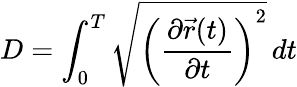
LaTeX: D=\int_{0}^{T}{\sqrt{\left({\frac{\partial{\vec{r}}(t)}{\partial t}}\right)^{2}}}\, dt